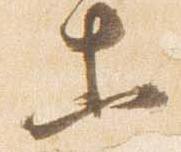
等